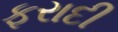
ફરાદી